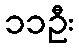
၁၁ဦး